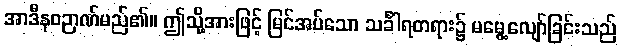
အာဒီနဝဉာဏ်မည်၏။ ဤသို့အားဖြင့် မြင်အပ်သော သင်္ခါရတရား၌ မမွေ့လျော်ခြင်းသည်